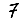
Digit: 7